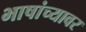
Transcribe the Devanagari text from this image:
भाषांच्यावर